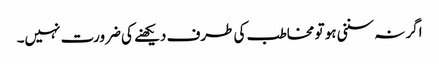
اگر نہ سننی ہو تو مخاطب کی طرف دیکھنے کی ضرورت نہیں۔